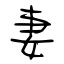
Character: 妻